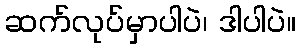
ဆက်လုပ်မှာပါပဲ၊ ဒါပါပဲ။